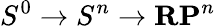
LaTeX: S^{0}\to S^{n}\to\mathbf{RP}^{n}